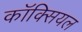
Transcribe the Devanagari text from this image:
कॉक्सियल